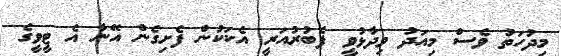
މިދުހަތު ވެސް މިއަދު ވިދާޅުވީ ފެބުރުއަރީ އެކަކުން ފެށިގެން އޭނާ އެ ޓީވީގެ